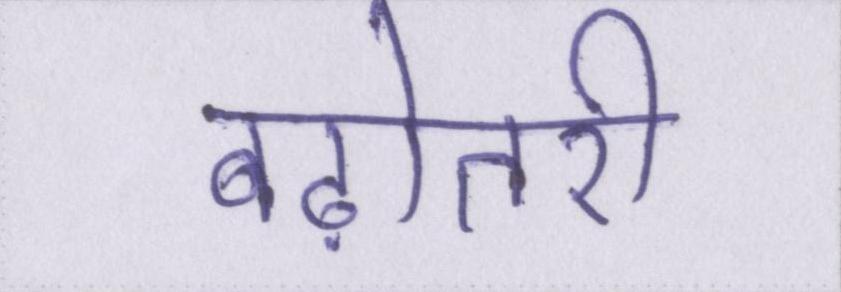
बढ़ोतरी